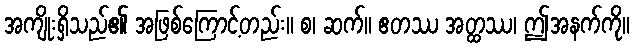
အကျိုးရှိသည်၏ အဖြစ်ကြောင့်တည်း။ စ၊ ဆက်။ ဧတဿ အတ္ထဿ၊ ဤအနက်ကို။